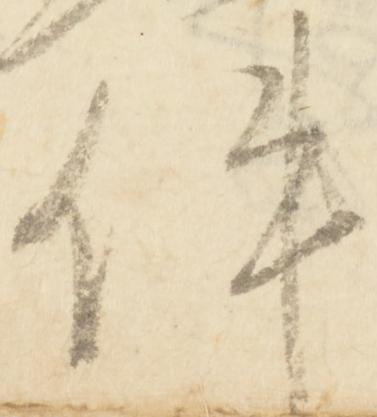
件